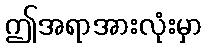
ဤအရာအားလုံးမှာ